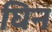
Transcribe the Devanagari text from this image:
घिन